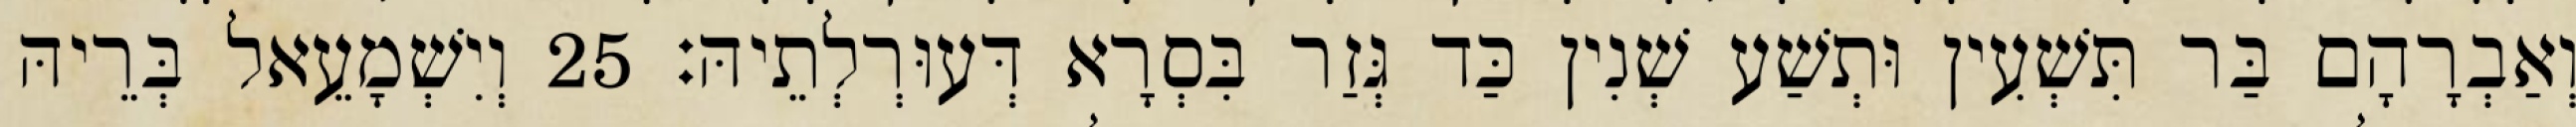
וְאַבְרָהָם בַּר תִּשְׁעִין וּתְשַׁע שְׁנִין כַּד גְּזַר בִּסְרָא דְּעוּרְלְתֵיהּ׃ 25 וְיִשְׁמָעֵאל בְּרֵיהּ